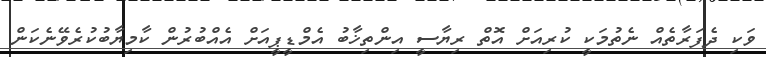
ވަކި ދެފަރާތެއް ނެތުމަކީ ކުރިއަށް އޮތް ރިޔާސީ އިންތިޚާބު އެމްޑީޕީއަށް އެއްބުރުން ކާމިޔާބުކުރެވޭނެކަން